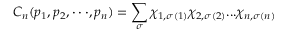
C _ { n } ( p _ { 1 } , p _ { 2 } , \cdot \cdot \cdot , p _ { n } ) = \sum _ { \sigma } \chi _ { 1 , \sigma ( 1 ) } \chi _ { 2 , \sigma ( 2 ) } . . . \chi _ { n , \sigma ( n ) }